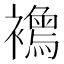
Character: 𧞦